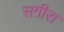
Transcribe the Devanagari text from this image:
सग़ीरा